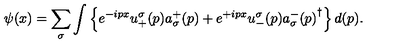
\psi ( x ) = \sum _ { \sigma } \int \left\{ e ^ { - i p x } u _ { + } ^ { \sigma } ( p ) a _ { \sigma } ^ { + } ( p ) + e ^ { + i p x } u _ { - } ^ { \sigma } ( p ) { a _ { \sigma } ^ { - } ( p ) } ^ { \dagger } \right\} d ( p ) .